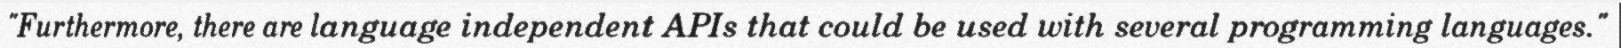
"Furthermore, there are language independent APIs that could be used with several programming languages."